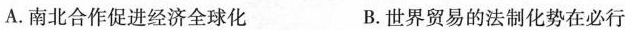
A.南北合作促进经济全球化 B.世界贸易的法制化势在必行